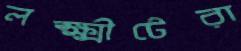
লক্ষ্মীটেরা